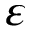
\varepsilon